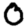
Digit: 0